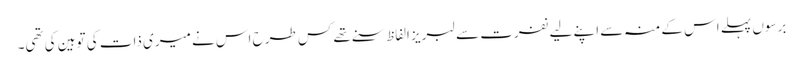
برسوں پہلے اس کے منہ سے اپنے لیے نفرت سے لبریز الفاظ سنے تھے کس طرح اس نے میری ذات کی توہین کی تھی۔